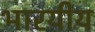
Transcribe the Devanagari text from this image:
भारयीय